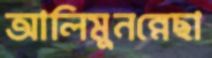
আলিমুনন্নেছা